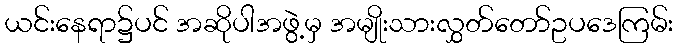
ယင်းနေရာ၌ပင် အဆိုပါအဖွဲ့မှ အမျိုးသားလွှတ်တော်ဥပဒေကြမ်း